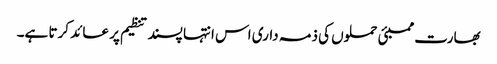
بھارت ممبئی حملوں کی ذمہ داری اس انتہا پسند تنظیم پر عائد کرتا ہے۔